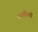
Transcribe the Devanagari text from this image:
न्यायधिशों